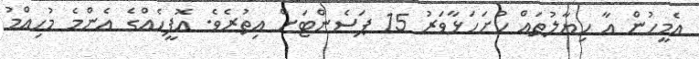
އެމީހުން އާ ހިޔާލުތައް ހުށަހަޅާވަރު 15 ޕަސެންޓަށް އިތުރެވެ. އޮފީހެއްގެ އެންމެ މުހިއްމު